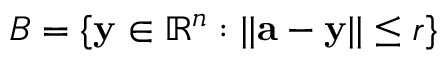
B = \{ \mathbf { y } \in \mathbb { R } ^ { n } : | | \mathbf { a } - \mathbf { y } | | \leq r \}